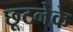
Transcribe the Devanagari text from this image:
छूटनेके